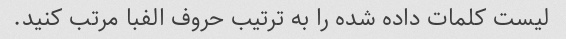
لیست کلمات داده شده را به ترتیب حروف الفبا مرتب کنید.